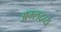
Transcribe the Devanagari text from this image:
अम्लद्रव्य